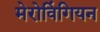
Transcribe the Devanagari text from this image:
मेरोविंगियन